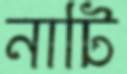
নাটি